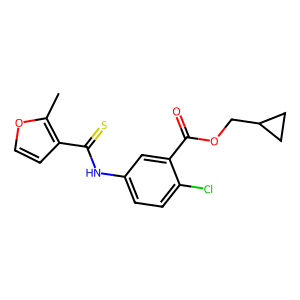
SMILES: Cc1occc1C(=S)Nc1ccc(Cl)c(C(=O)OCC2CC2)c1
Inhibits HIV replication: Yes